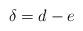
LaTeX: \begin{align*}\delta = d-e \end{align*}